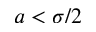
a < \sigma / 2